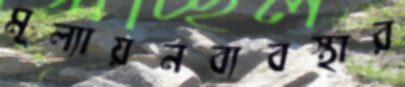
মূল্যায়নব্যবস্থার